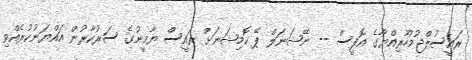
ރައީސުލްޖުމުހޫރިއްޔާގެ އޮފީސް -- ނޭޝަނަލް ޕޭ ކޮމިޝަނަށް ރައީސް ޔާމީނުގެ ސަރުކާރުން އައްޔަނުކުރެއްވި